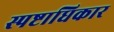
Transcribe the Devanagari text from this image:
स्पष्टाधिकार